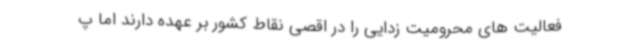
فعالیت های محرومیت زدایی را در اقصی نقاط کشور بر عهده دارند اما پ